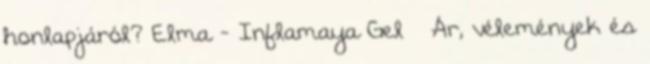
honlapjáról? Elma - Inflamaya Gel – Ár, vélemények és